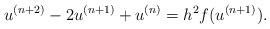
LaTeX: \begin{align*}u^{(n+2)}-2u^{(n+1)}+u^{(n)}=h^2 f(u^{(n+1)}).\end{align*}